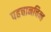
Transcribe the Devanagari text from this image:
पहचानचिन्ह